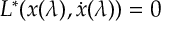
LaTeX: L ^ { * } ( x ( \lambda ) , { \dot { x } } ( \lambda ) ) = 0